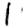
Digit: 1